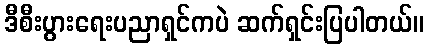
ဒီစီးပွားရေးပညာရှင်ကပဲ ဆက်ရှင်းပြပါတယ်။